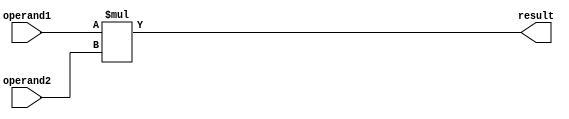
module signed_multiplier(
    input signed [31:0] operand1,
    input signed [31:0] operand2,
    output signed [63:0] result
);

reg signed [63:0] temp_result;

always @(*) begin
    temp_result = operand1 * operand2;
end

assign result = temp_result;

endmodule